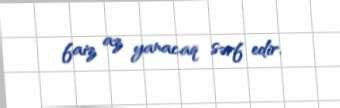
faiz az yanacaq sərf edir.